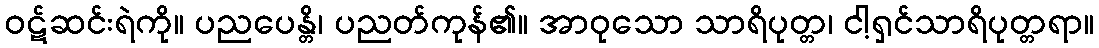
ဝဋ်ဆင်းရဲကို။ ပညပေန္တိ၊ ပညတ်ကုန်၏။ အာဝုသော သာရိပုတ္တ၊ ငါ့ရှင်သာရိပုတ္တရာ။